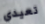
تعيدي